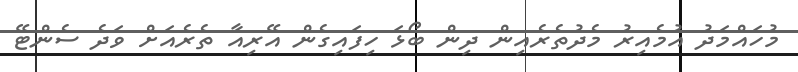
މުހައްމަދު އުމެއިރު މެދުތެރެއިން ދިން ބޯޅަ ހިފައިގެން އޭރިއާ ތެރެއަށް ވަދެ ސެންޓޭ